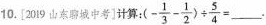
10.[2019山东聊城中]计算：$$(- \frac{1}{3}- \frac{1}{2})\div \frac{5}{4}=___$$.